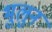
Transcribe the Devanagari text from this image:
भुलुन